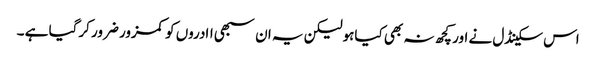
اس سکینڈل نے اور کچھ نہ بھی کیاہولیکن یہ ان سبھی اادروں کو کمزور ضرور کرگیا ہے ۔